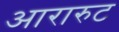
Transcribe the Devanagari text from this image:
आरारुट